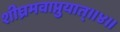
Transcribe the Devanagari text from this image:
शीघ्रमवाप्नुयात्॥४॥